Report on lock hospitals in British Burma
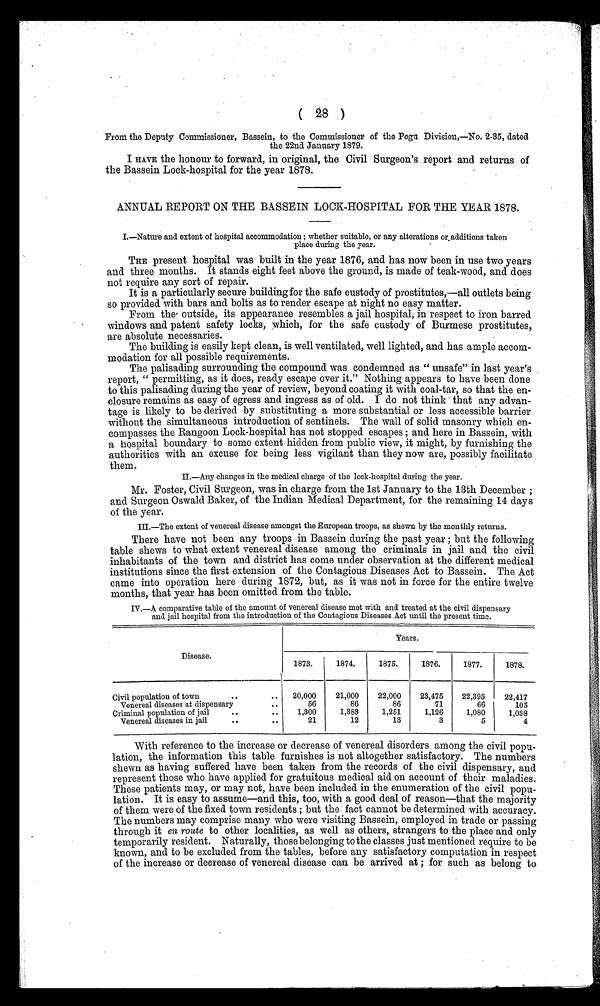
(28 )
From the Deputy Commissioner, Bassein, to the Commissioner of the Pegu Division,—No. 2-35, dated
the 22nd January 1879.
I HAVE the honour to forward, in original, the Civil Surgeon's report and returns of
the Bassein Lock-hospital for the year 1878.
ANNUAL REPORT ON THE BASSEIN LOCK-HOSPITAL FOR THE YEAR 1878.
I.—Nature and extent of hospital accommodation; whether suitable, or any alterations or, additions taken
place during the year.
THE present hospital was built in the year 1876, and has now been in use two years
and three months. It stands eight feet above the ground, is made of teak-wood, and does
not require any sort of repair.
It is a particularly secure building for the safe custody of prostitutes,—all outlets being
so provided with bars and bolts as to render escape at night no easy matter.
From the outside, its appearance resembles a jail hospital, in respect to iron barred
windows and patent safety locks, which, for the safe custody of Burmese prostitutes,
are absolute necessaries.
The building is easily kept clean, is well ventilated, well lighted, and has ample accom-
modation for all possible requirements.
The palisading surrounding the compound was condemned as "unsafe" in last year's
report, "permitting, as it does, ready escape over it." Nothing appears to have been done
to this palisading during the year of review, beyond coating it with coal-tar, so that the en-
closure remains as easy of egress and ingress as of old. I do not think that any advan-
tage is likely to be derived by substituting a more substantial or less accessible barrier
without the simultaneous introduction of sentinels. The wall of solid masonry which en-
compasses the Rangoon Lock-hospital has not stopped escapes ; and here in Bassein, with
a hospital boundary to some extent hidden from public view, it might, by furnishing the
authorities with an excuse for being less vigilant than they now are, possibly facilitate
them.
II.—Any changes in the medical charge of the lock-hospital during the year.
Mr. Foster, Civil Surgeon, was in charge from the 1st January to the 13th December;
and Surgeon Oswald Baker, of the Indian Medical Department, for the remaining 14 day s
of the year.
III.—The extent of venereal disease amongst the European troops, as shown by the monthly returns.
There have not been any troops in Bassein during the past year; but the following
table shews to what extent venereal disease among the criminals in jail and the civil
inhabitants of the town and district has come under observation at the different medical
institutions since the first extension of the Contagious Diseases Act to Bassein. The Act
came into operation here during 1872, but, as it was not in force for the entire twelve
months, that year has been omitted from the table.
IV.—A comparative table of the amount of venereal disease met with and treated at the civil dispensary
and jail hospital from the introduction of the Contagious Diseases Act until the present time.
Disease.
Years.
1873.
1874.
1875.
1876.
1877.
1878.
Civil population of town
• •
..
20,000
21,000
22,000
23,475
22,395
22,417
Venereal diseases at dispensar
..56
86
86
73.
66
105
Criminal population of jail
..
..
1,300
1,383
1,251
1,126
1,080
1,038
Venereal diseases in jail
• •
..
21
12
13
3
5
4
With reference to the increase or decrease of venereal disorders among the civil popu-
lation, the information this table furnishos is not altogether satisfactory. The numbers
shewn as having suffered have been taken from the records of the civil dispensary, and
represent those who have applied for gratuitous medical aid on account of their maladies.
These patients may, or may not, have been included in the enumeration of the civil popu-
lation. It is easy to assume—and this, too, with a good deal of reason—that the majority
of them were of the fixed town residents; but the fact cannot be determined with accuracy.
The numbers may comprise many who were visiting Bassein, employed in trade or passing
through it en route to other localities, as well as others, strangers to the place and only
temporarily resident. Naturally, those belonging to the classes just mentioned require to be
known, and to be excluded from the tables, before any satisfactory computation in respect
of the increase or decrease of venereal disease can be arrived at; for such as belong to